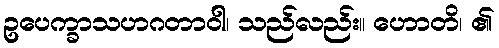
ဥပေက္ခာသဟဂတာဝါ၊ သည်လည်း။ ဟောတိ၊ ၏